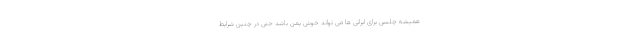
همیشه چلسی برای ایرانی ها می تواند خوش یمن باشد حتی در چنین شرایط